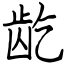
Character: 龁